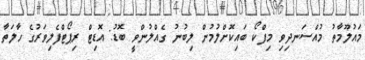
މައުލޫމާތު މުއްސަނދިވި މިފްކޯ ބައިކޮށްލުމުން ލިބުނު ގެއްލުންވީ ބޮޑު: އޮޑިޓް ރިޕޯޓްފެލިވަރުގެ ހާލަތާ